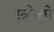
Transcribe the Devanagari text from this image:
स्त्रीरुपे